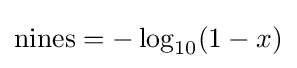
\mathrm {nines} =-\log _{10}(1-x)